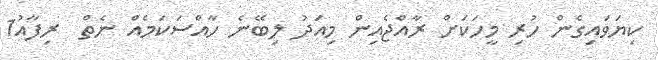
ކިޔަވައިގެން ހުރި މީހަކަށް ރާއްޖެއިން މިއަދު ލިބޭނެ ހާއްސަކަމެއް ނެތް  ރިފާއު1